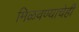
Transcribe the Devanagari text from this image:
मिळवण्याचेही